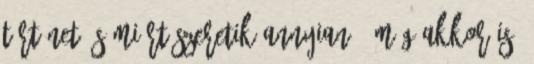
történet és miért szeretik annyian - még akkor is,